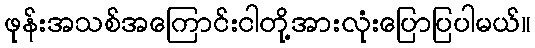
ဖုန်းအသစ်အကြောင်းငါတို့အားလုံးပြောပြပါမယ်။